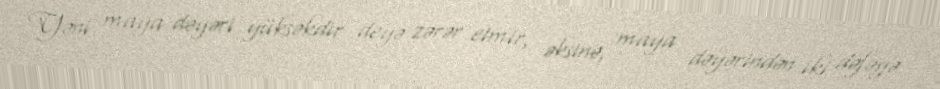
Yəni maya dəyəri yüksəkdir deyə zərər etmir, əksinə, maya dəyərindən iki dəfəyə